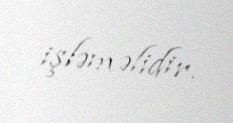
işləməlidir.